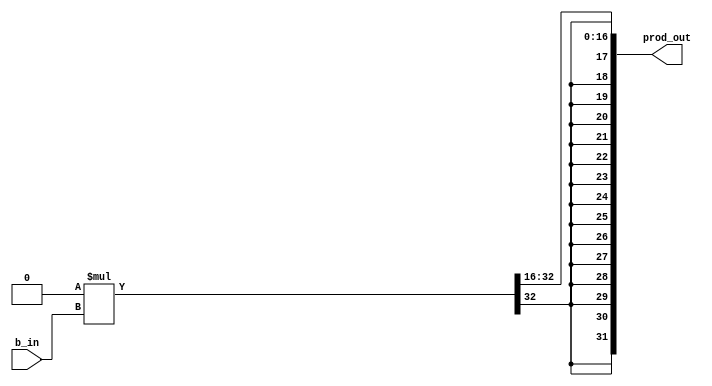
`timescale 1ns / 1ps

// Fixed-Point Constant Multiplier

//------------------------------------------------------------------------------
// cmult Module
//------------------------------------------------------------------------------
module cmult#(parameter WIDTH = 32,parameter DECIMAL_BITS = 16,
   parameter signed C_IN = 0)(
   input  signed[(WIDTH-1):0] b_in,
   output signed[(WIDTH-1):0] prod_out
   );

   // internal wires and state
   wire signed[((2*WIDTH)-1):0] prod;

   // multiplication
   assign prod = C_IN*b_in;
   assign prod_out = prod[((WIDTH-1)+DECIMAL_BITS):DECIMAL_BITS];

endmodule